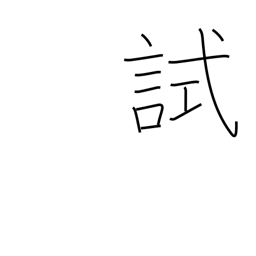
Meaning: test